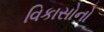
વિકાસોનો